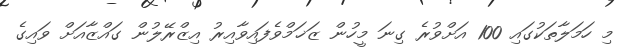
މި ހަމަލާތަކުގައި 100 އަށްވުރެ ގިނަ މީހުން ޒަޚަމްވެފައިވާއިރު އިޒްރޭލުން ގައްޒާއަށް ވައިގެ